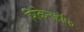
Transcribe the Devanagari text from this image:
शिकेनहॉफ